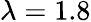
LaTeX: \lambda=1.8